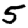
Digit: 5